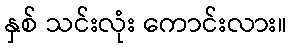
နှစ် သင်းလုံး ကောင်းလား။